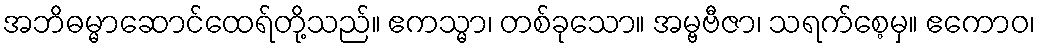
အဘိဓမ္မာဆောင်ထေရ်တို့သည်။ ဧကသ္မာ၊ တစ်ခုသော။ အမ္ဗဗီဇာ၊ သရက်စေ့မှ။ ဧကောဝ၊